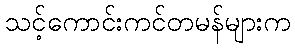
သင့်ကောင်းကင်တမန်များက